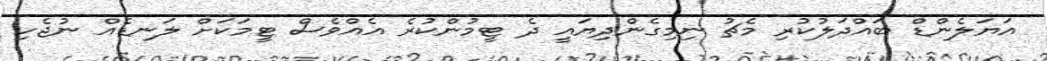
އަޔަލެންޑް ބައްދަލުކުރި މެޗު ނިމިގެންދިޔައީ ދެ ޓީމުންކުރެ އެއްވެސް ޓީމަކަށް ލަނޑެއް ނުޖެހި